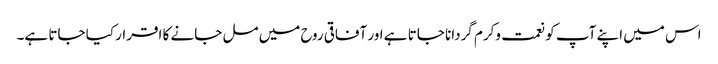
اس میں اپنے آپ کو نعمت وکرم گردانا جاتا ہے اور آفاقی روح میں مل جانے کا اقرار کیا جاتا ہے۔